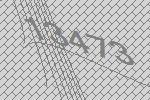
13473